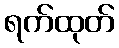
ရက်ထုတ်